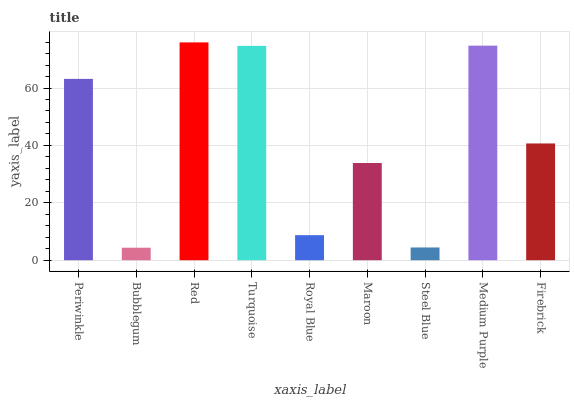
| xaxis_label | bars |
 | --- | --- |
 | Periwinkle | 63.2 |
 | Bubblegum | 4.36 |
 | Red | 75.9 |
 | Turquoise | 74.7 |
 | Royal Blue | 8.73 |
 | Maroon | 33.9 |
 | Steel Blue | 4.45 |
 | Medium Purple | 74.8 |
 | Firebrick | 40.7 |